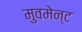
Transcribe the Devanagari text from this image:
मुवमेन्ट